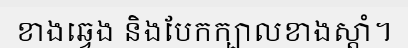
ខាងឆ្វេង និងបែកក្បាលខាងស្តាំ។